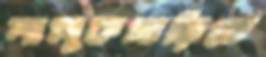
শালুকগাড়িতে